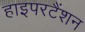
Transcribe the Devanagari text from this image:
हाइपरटैंशन